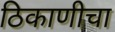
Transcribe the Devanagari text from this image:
ठिकाणीचा